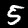
Digit: 5